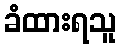
ခံထားရသူ